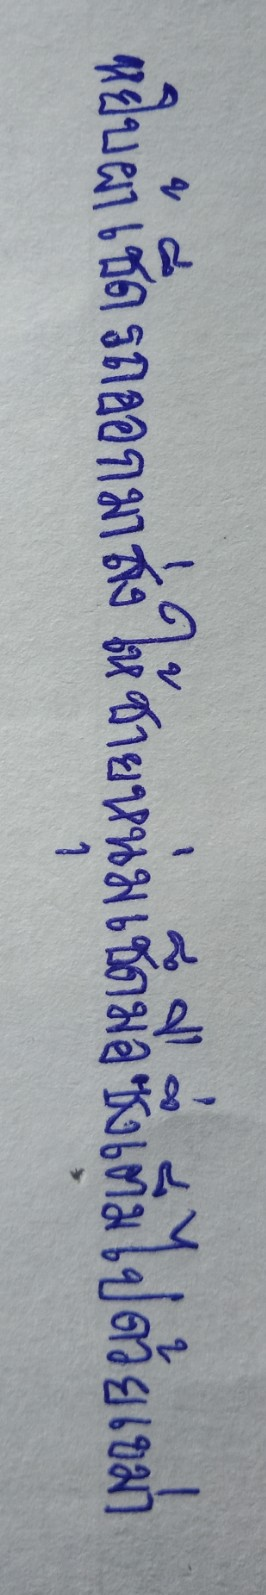
หยิบผ้าเช็ดรถออกมาส่งให้ชายหนุ่มเช็ดมือซึ่งเต็มไปด้วยเขม่า